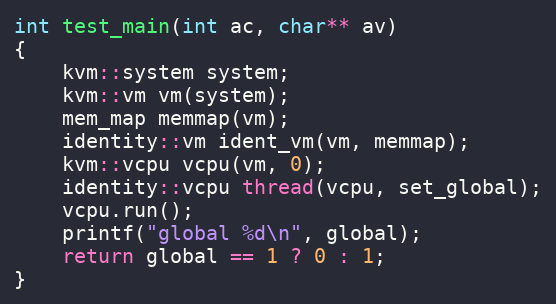
Language: C++
int test_main(int ac, char** av)
{
    kvm::system system;
    kvm::vm vm(system);
    mem_map memmap(vm);
    identity::vm ident_vm(vm, memmap);
    kvm::vcpu vcpu(vm, 0);
    identity::vcpu thread(vcpu, set_global);
    vcpu.run();
    printf("global %d\n", global);
    return global == 1 ? 0 : 1;
}